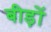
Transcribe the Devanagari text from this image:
बीड़ों